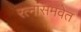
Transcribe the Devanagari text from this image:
रत्नांसमवेत